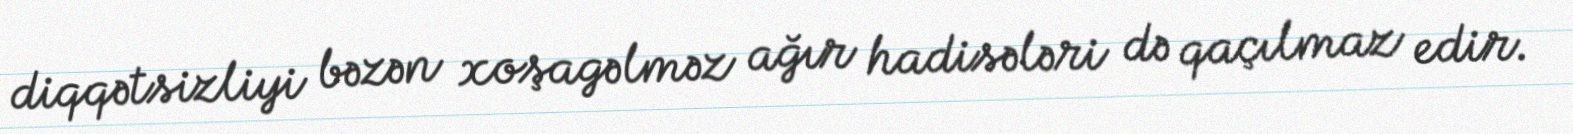
diqqətsizliyi bəzən xoşagəlməz ağır hadisələri də qaçılmaz edir.